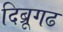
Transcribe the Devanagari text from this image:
दिब्रूगढ